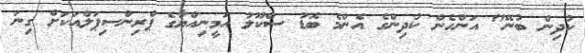
ކުދިން ބުނޭ" އަންހެން ކުދިންގެ އެންމެ ބޮޑު ސްކޫލު އަމީނިއްޔާގެ ޕްރިންސިޕަލްއަކަށް ގިނަ